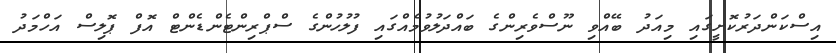
އިސްކަންދަރުކޮށީގައި މިއަދު ބޭއްވި ނޫސްވެރިންގެ ބައްދަލުވުމެއްގައި ފުލުހުންގެ ސްޕްރިންޓެންޑެންޓް އޮފް ޕޮލިސް އަހްމަދު